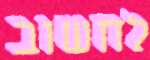
לחשוב